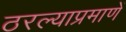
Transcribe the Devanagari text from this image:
ठरल्याप्रमाणें